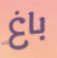
باغ